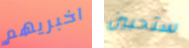
اخبريهم ستحبين